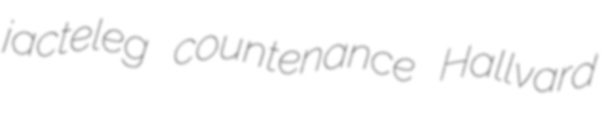
jacteleg countenance Hallvard